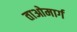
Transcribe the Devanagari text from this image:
ताओमार्ग